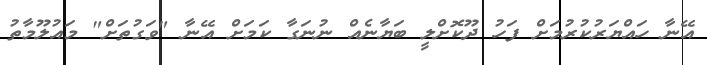
އޭނާ ހައްޔަރުކުރުމަށް ފަހު ދޫކޮށްލީ ބަޔާނެއް ނުނަގާ ކަމަށް އޭނާ "ވަގުތަށް" މައުލޫމާތު